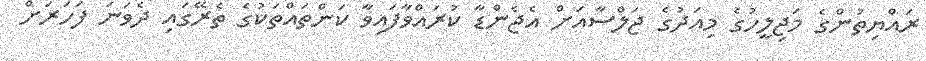
ރައްޔިތުންގެ މަޖިލީހުގެ މިއަދުގެ ޖަލްސާއަށް އެޖެންޑާ ކުރައްވާފައިވާ ކަންތައްތަކުގެ ތެރޭގައި ދެވަނަ ފަހަރަށް